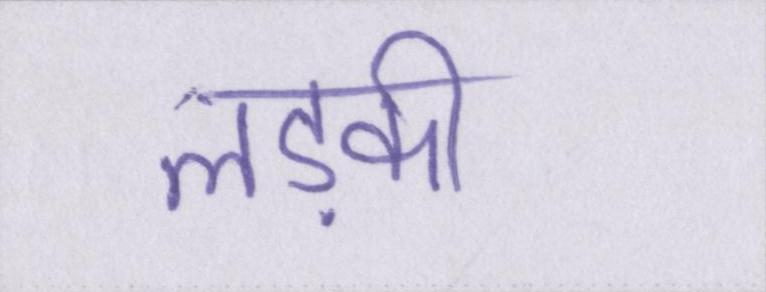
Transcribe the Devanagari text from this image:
लड़की